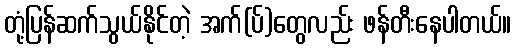
တုံ့ပြန်ဆက်သွယ်နိုင်တဲ့ အက်(ပ်)တွေလည်း ဖန်တီးနေပါတယ်။